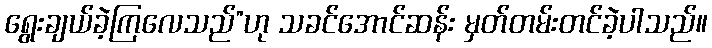
ရွေးချယ်ခဲ့ကြလေသည်”ဟု သခင်အောင်ဆန်း မှတ်တမ်းတင်ခဲ့ပါသည်။